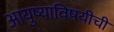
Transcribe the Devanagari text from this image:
आयुष्याविषयीची